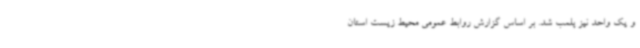
و یک واحد نیز پلمب شد. بر اساس گزارش روابط عمومی محیط زیست استان